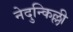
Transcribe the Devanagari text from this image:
नेदुन्किल्ली